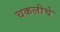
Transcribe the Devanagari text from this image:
चकलीचे